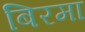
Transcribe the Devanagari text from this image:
बिरमा